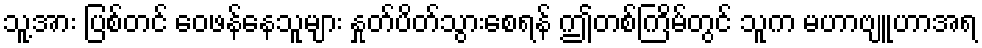
သူ့အား ပြစ်တင် ဝေဖန်နေသူများ နှုတ်ပိတ်သွားစေရန် ဤတစ်ကြိမ်တွင် သူက မဟာဗျူဟာအရ